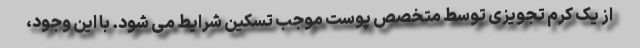
از یک کرم تجویزی توسط متخصص پوست موجب تسکین شرایط می شود. با این وجود،